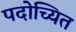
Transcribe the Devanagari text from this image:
पदोच्यित